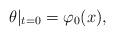
LaTeX: \begin{align*}\theta|_{t=0}=\varphi_0(x),\end{align*}